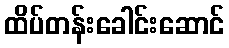
ထိပ်တန်းခေါင်းဆောင်